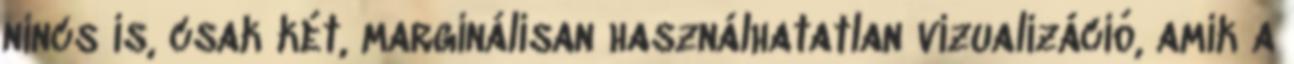
nincs is, csak két, marginálisan használhatatlan vizualizáció, amik a